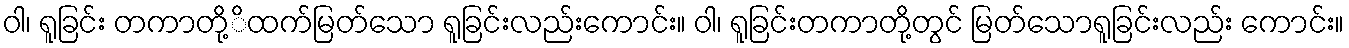
ဝါ၊ ရူခြင်း တကာတို့ိထက်မြတ်သော ရူခြင်းလည်းကောင်း။ ဝါ၊ ရူခြင်းတကာတို့တွင် မြတ်သောရူခြင်းလည်း ကောင်း။